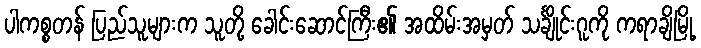
ပါကစ္စတန် ပြည်သူများက သူတို့ ခေါင်းဆောင်ကြီး၏ အထိမ်းအမှတ် သင်္ချိုင်းဂူကို ကရာချိမြို့